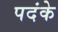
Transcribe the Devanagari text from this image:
पदंके